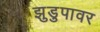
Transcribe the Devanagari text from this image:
झुडुपावर